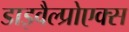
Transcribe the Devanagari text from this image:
डाइवैल्प्रोएक्स